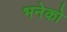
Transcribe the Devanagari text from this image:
भनेको